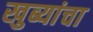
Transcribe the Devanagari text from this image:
खुब्यांचा